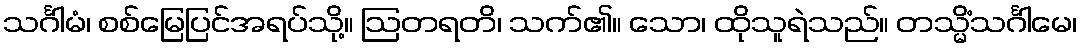
သင်္ဂါမံ၊ စစ်မြေပြင်အရပ်သို့။ ဩတရတိ၊ သက်၏။ သော၊ ထိုသူရဲသည်။ တသ္မိံသင်္ဂါမေ၊